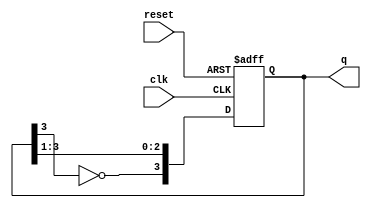
module johnson_counter (
    input wire clk,         // Clock signal
    input wire reset,       // Asynchronous reset signal
    output reg [3:0] q      // 4-bit output representing the current state
);

// Counter logic
always @(posedge clk or posedge reset) begin
    if (reset) begin
        q <= 4'b0000; // Reset the counter to 0
    end else begin
        // Johnson counter logic
        q <= {~q[3], q[3:1]}; // Shift left and add inverted last bit to the first bit
    end
end

endmodule